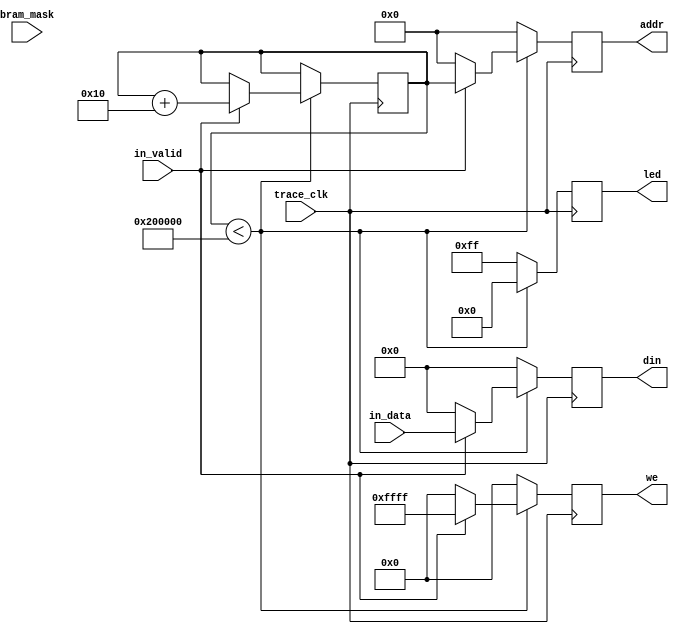
module Bram_Collector_simp#(
        parameter integer IN_DATA_WIDTH = 128,
        parameter integer BRAM_MAX_ADDR = 131072 * 16, //bram depth x addr_offset
        parameter integer BRAM_DATA_WIDTH = 128,
        parameter integer BRAM_ADDR_WIDTH = 32
	)(
        input trace_clk,
        input bram_mask,
        input[ IN_DATA_WIDTH-1:0] in_data,
        output[ BRAM_ADDR_WIDTH-1:0] addr,
        output[ BRAM_DATA_WIDTH-1:0] din,
        output[BRAM_DATA_WIDTH/8-1:0] we,
        input in_valid,
        output[7:0] led
    );
    

    
    reg[ IN_DATA_WIDTH-1:0 ] data_buff;
    reg[ BRAM_ADDR_WIDTH-1:0 ] inner_addr = 0;
    reg[ BRAM_ADDR_WIDTH-1:0 ] out_addr = 0;
    
    reg [7:0] out_led = 'b0;
    reg[BRAM_DATA_WIDTH/8-1:0] write_enable = 'b0;
    
    parameter integer ADDR_OFFSET = BRAM_DATA_WIDTH/8;
        
    always @(posedge trace_clk) begin
        if(inner_addr<BRAM_MAX_ADDR )begin
            out_led <= 8'b00000000;
            if(in_valid) begin
                write_enable <= {(BRAM_DATA_WIDTH/8){1'b1}};
                out_addr <= inner_addr;
                inner_addr <= inner_addr + ADDR_OFFSET;
                data_buff <= in_data;
            end
            else begin
                write_enable <= 'b0;
                out_addr <= 'b0;
                data_buff <= 'b0;
            end
        end
        else begin
            out_led <= 8'b11111111;
            write_enable <= 'b0;
            out_addr <= 'b0;
            data_buff <= 'b0;
        end
	end
	
	assign we = write_enable;
	assign din = data_buff;
	assign addr = out_addr;
	assign led = out_led;
endmodule